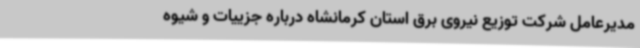
مدیرعامل شرکت توزیع نیروی برق استان کرمانشاه درباره جزییات و شیوه